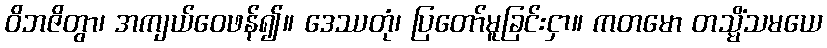
ဝိဘဇိတွာ၊ အကျယ်ဝေဖန်၍။ ဒေဿတုံ၊ ပြတော်မူခြင်းငှာ။ ကတမော တသ္မိံသမယေ